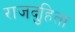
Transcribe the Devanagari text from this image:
राजदुहिता